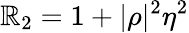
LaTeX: \mathbb{R}_{2}=1+|\rho|^{2}\eta^{2}